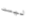
ليست